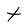
Character: t